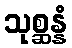
သုစ္ဆန္နံ